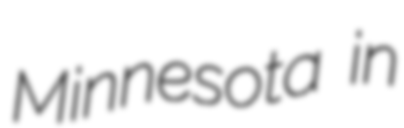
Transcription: Minnesota in